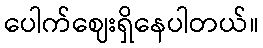
ပေါက်ဈေးရှိနေပါတယ်။